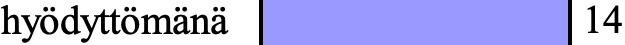
hyödyttömänä        14